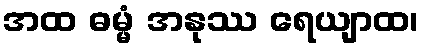
အထ ဓမ္မံ အနုဿ ရေယျာထ၊